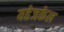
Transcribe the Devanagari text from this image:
यहेजकेल